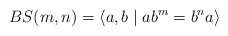
\begin{align*}BS(m,n) = \langle a,b \mid ab^m = b^na \rangle \end{align*}